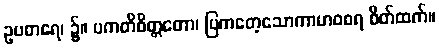
ဥပစာရေ၊ ၌။ ပကတိစိတ္တတော၊ ပြကတေ့သောကာမာဝစရ စိတ်ထက်။